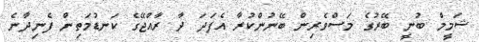
ޝަމީމް ބުނީ ބޭރުގެ މަސްވެރިން ބޭނުންކުރާ އެފަދަ ދާ ރާއްޖޭގެ ކަނޑުމަތިން ފެނިދާނެ